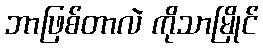
ဘာဖြစ်တာလဲ ကိုသာမြိုင်